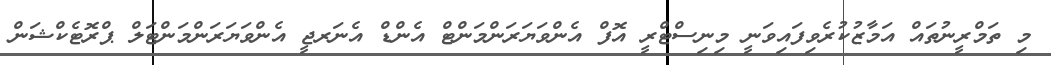
މި ތަމްރީނުތައް އަމާޒުކުރެވިފައިވަނީ މިނިސްޓްރީ އޮފް އެންވަޔަރަންމަންޓް އެންޑް އެނަރޖީ އެންވަޔަރަންމަންޓަލް ޕްރޮޓެކްޝަން